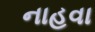
નાહવા